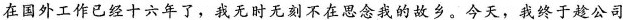
在国外工作已经十六年了，我无时无刻不在思念我的故乡。今天，我终于趁公司